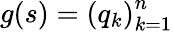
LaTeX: g(s)=\left(q_{k}\right)_{k=1}^{n}